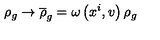
\rho _ { g } \rightarrow \overline { { \rho } } _ { g } = \omega \left( x ^ { i } , v \right) \rho _ { g }